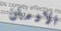
الادمان